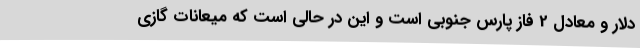
دلار و معادل 2 فاز پارس جنوبی است و این در حالی است که میعانات گازی